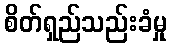
စိတ်ရှည်သည်းခံမှု